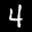
Label: 4